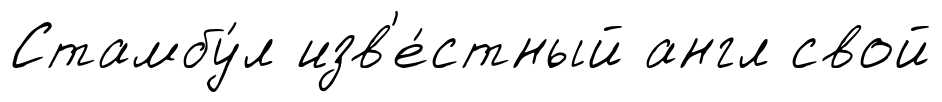
Стамбу́л изв'е́стный англ свой